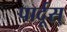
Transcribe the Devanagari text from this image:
पार्दूस्